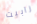
رابيت